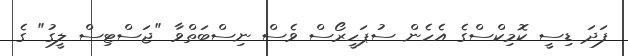
ފަދަ ޑިސީ ކޮމިކްސްގެ އެހެން ސުޕަހީރޯސް ވެސް ނިސްބަތްވާ "ޖަސްޓިސް ލީގު" ގެ